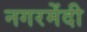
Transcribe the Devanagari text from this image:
नगरमेंदी